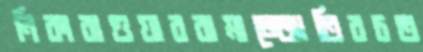
নিকারাগুয়াররামাজ্জোতিরচত